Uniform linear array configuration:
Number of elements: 16
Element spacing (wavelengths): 0.5
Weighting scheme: uniform
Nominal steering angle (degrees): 30
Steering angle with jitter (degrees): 28.392
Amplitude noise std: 0.05
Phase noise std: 0.05

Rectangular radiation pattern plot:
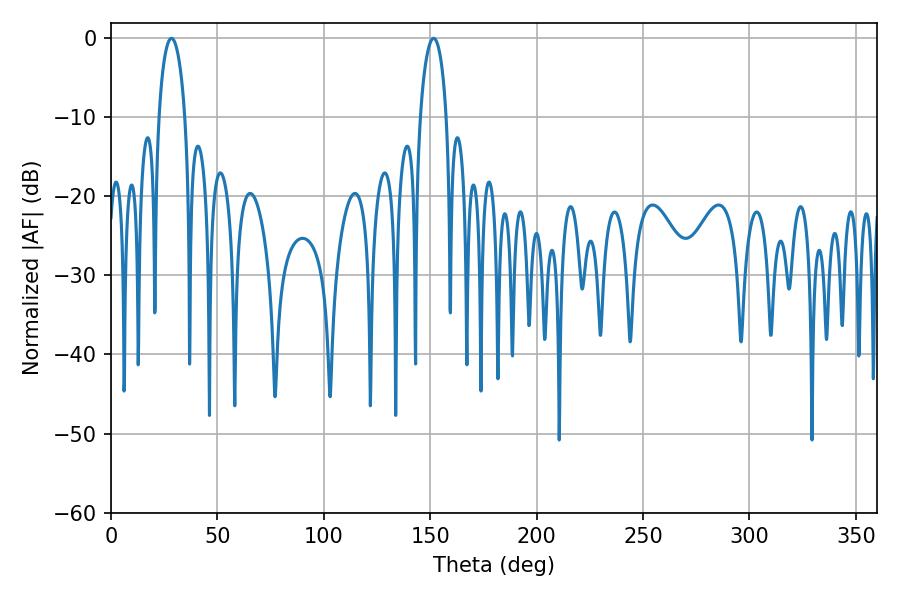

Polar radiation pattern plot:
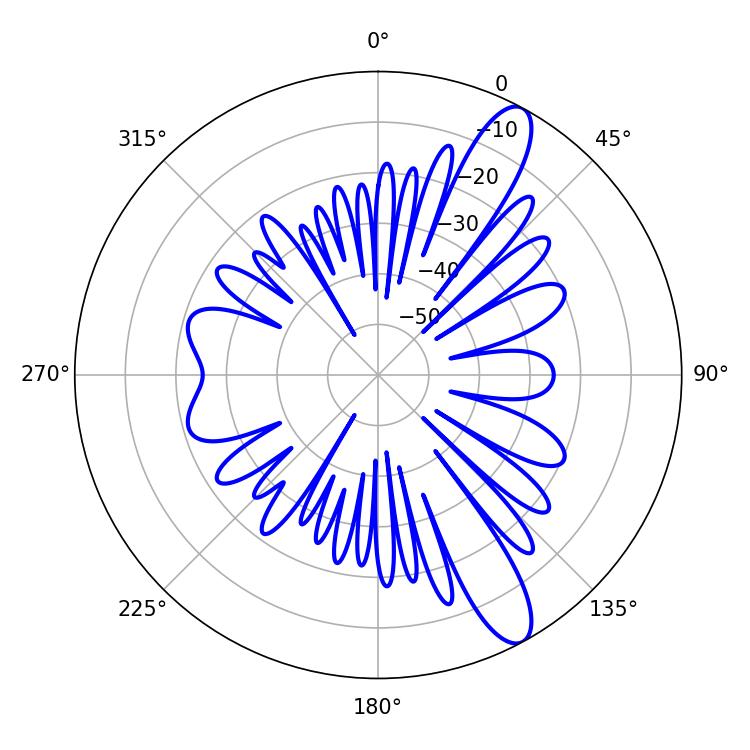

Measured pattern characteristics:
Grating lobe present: FALSE
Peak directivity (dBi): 11.884
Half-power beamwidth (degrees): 7.02
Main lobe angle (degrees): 28.44